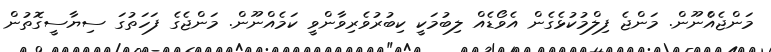
މަންޖެއެްނޫން. މަންޖެ ފިލްމުކުޅެގެން އެވޯޑެއް ލިބުމަކީ ކިބުރުވެރިވާންވީ ކަމެއްނޫން. މަންޖެގެ ފަހަތުގަ ސިޔާސީގޮތުން